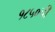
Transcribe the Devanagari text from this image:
१८५०ची